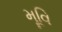
મૂવિ